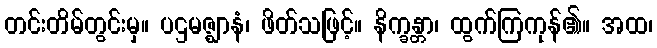
တင်းတိမ်တွင်းမှ။ ပဌမဇ္ဈာနံ၊ ဖိတ်သဖြင့်။ နိက္ခန္တာ၊ ထွက်ကြကုန်၏။ အထ၊